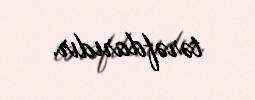
tərəfdarıdır.